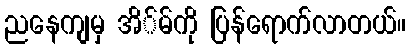
ညနေကျမှ အိ်မ်ကို ပြန်ရောက်လာတယ်။